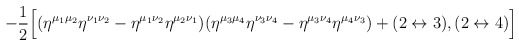
\begin{align*}-{1\over 2}\Bigl[ (\eta^{\mu_1\mu_2} \eta^{\nu_1\nu_2} - \eta^{\mu_1\nu_2} \eta^{\mu_2\nu_1}) (\eta^{\mu_3\mu_4} \eta^{\nu_3\nu_4} - \eta^{\mu_3\nu_4} \eta^{\mu_4\nu_3}) + (2\leftrightarrow 3), (2\leftrightarrow 4) \Bigr] \end{align*}